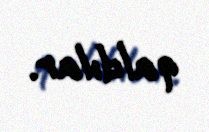
qaldılar.